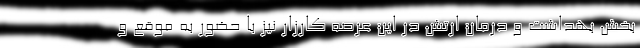
بخش بهداشت و درمان ارتش در این عرصه کارزار نیز با حضور به موقع و